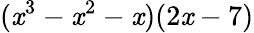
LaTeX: (\mathit{x}^{3}-\mathit{x}^{2}-\mathit{x})(2\mathit{x}-7)